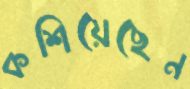
কশিয়েছেন